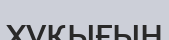
хұқығын